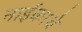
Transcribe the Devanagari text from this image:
नाईकाचे